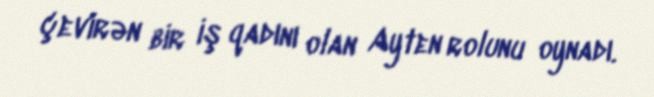
çevirən bir iş qadını olan Ayten rolunu oynadı.